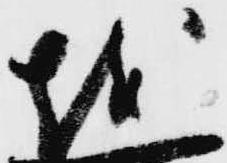
越